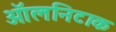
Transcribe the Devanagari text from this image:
ऑलनिटाक